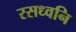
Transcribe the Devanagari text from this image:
रसध्वनि